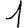
Digit: 1